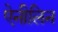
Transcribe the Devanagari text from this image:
ऐनीलिन